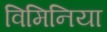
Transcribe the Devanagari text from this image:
विमिनिया